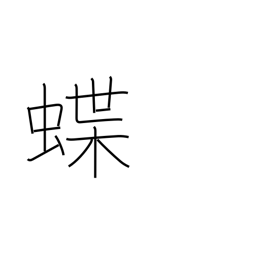
Meaning: butterfly